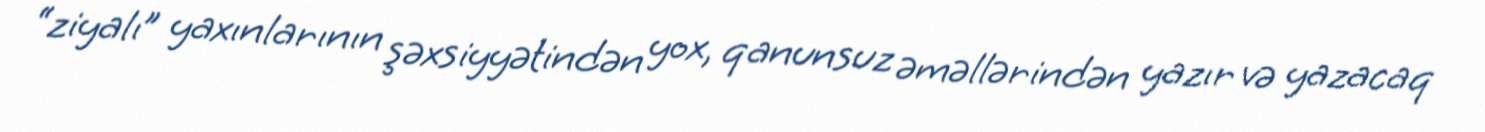
“ziyalı” yaxınlarının şəxsiyyətindən yox, qanunsuz əməllərindən yazır və yazacaq